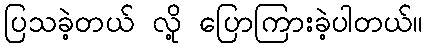
ပြသခဲ့တယ် လို့ ပြောကြားခဲ့ပါတယ်။